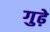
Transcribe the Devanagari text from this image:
गुढ़े